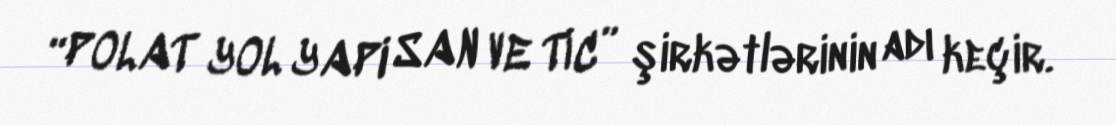
“POLAT YOL YAPI SAN VE TİC” şirkətlərinin adı keçir.